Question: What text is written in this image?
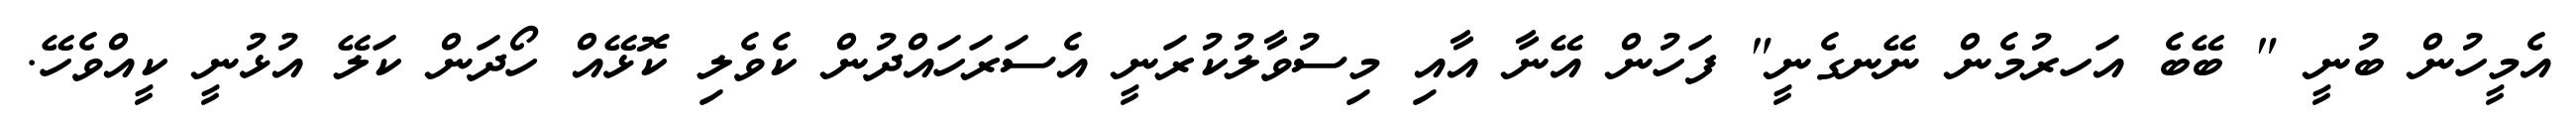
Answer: އެމީހުން ބުނީ " ބޭބެ އަހރުމެން ނޭނގެނީ" ފަހުން އޭނާ އާއި މިސުވާލުކުރަނީ އެސަރަހައްދުން ކެވެލި ކޮޅޭއް ހޯދަން ކަލޭ އުޅުނީ ކީއްވެހޭ.